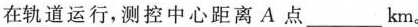
在轨道运行，测控中心距离A点___km。